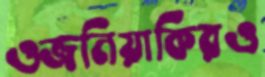
ওজনিয়াকিরও